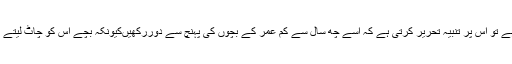
کول گیٹ ٹوتھ پیسٹ بنانے والی کمپنی جب امریکہ اور یوروپ میںاسے فروخت کرتی ہے تو اس پر تنبیہ تحریر کرتی ہے کہ اسے چھ سال سے کم عمر کے بچوں کی پہنچ سے دوررکھیںکیونکہ بچے اس کو چاٹ لیتے ہیں جبکہ اس میں کینسر پیدا کرنیوالا کیمیکل شامل ہے، اس لئے اسے بچوں کو مت دینا۔